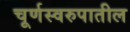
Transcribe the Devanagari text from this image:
चूर्णस्वरुपातील